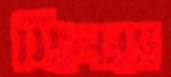
সিলোমে